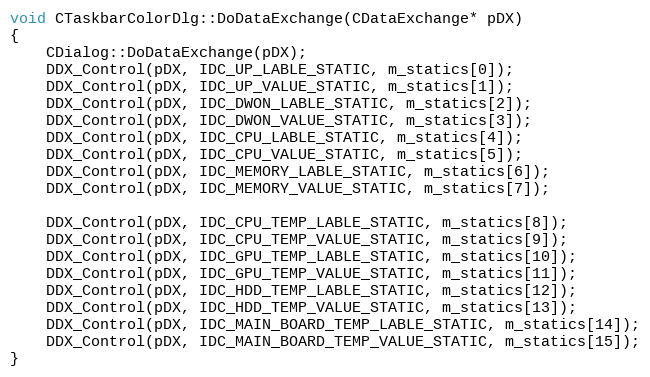
Language: C++
void CTaskbarColorDlg::DoDataExchange(CDataExchange* pDX)
{
	CDialog::DoDataExchange(pDX);
	DDX_Control(pDX, IDC_UP_LABLE_STATIC, m_statics[0]);
	DDX_Control(pDX, IDC_UP_VALUE_STATIC, m_statics[1]);
	DDX_Control(pDX, IDC_DWON_LABLE_STATIC, m_statics[2]);
	DDX_Control(pDX, IDC_DWON_VALUE_STATIC, m_statics[3]);
	DDX_Control(pDX, IDC_CPU_LABLE_STATIC, m_statics[4]);
	DDX_Control(pDX, IDC_CPU_VALUE_STATIC, m_statics[5]);
	DDX_Control(pDX, IDC_MEMORY_LABLE_STATIC, m_statics[6]);
	DDX_Control(pDX, IDC_MEMORY_VALUE_STATIC, m_statics[7]);

    DDX_Control(pDX, IDC_CPU_TEMP_LABLE_STATIC, m_statics[8]);
    DDX_Control(pDX, IDC_CPU_TEMP_VALUE_STATIC, m_statics[9]);
    DDX_Control(pDX, IDC_GPU_TEMP_LABLE_STATIC, m_statics[10]);
    DDX_Control(pDX, IDC_GPU_TEMP_VALUE_STATIC, m_statics[11]);
    DDX_Control(pDX, IDC_HDD_TEMP_LABLE_STATIC, m_statics[12]);
    DDX_Control(pDX, IDC_HDD_TEMP_VALUE_STATIC, m_statics[13]);
    DDX_Control(pDX, IDC_MAIN_BOARD_TEMP_LABLE_STATIC, m_statics[14]);
    DDX_Control(pDX, IDC_MAIN_BOARD_TEMP_VALUE_STATIC, m_statics[15]);
}